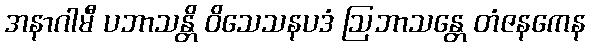
အနာဂါမီ ပဘာသန္တိ ဝိသေသနပဒံ ဩဘာသန္တေ တံဇနကေန